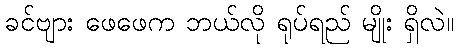
ခင်ဗျား ဖေဖေက ဘယ်လို ရုပ်ရည် မျိုး ရှိလဲ။